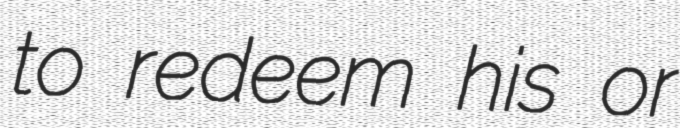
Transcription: to redeem his or